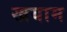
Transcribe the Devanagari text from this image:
खयाम